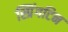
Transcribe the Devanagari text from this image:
स्प्रिंगटिन